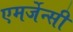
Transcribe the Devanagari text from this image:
एमर्जेन्सी